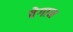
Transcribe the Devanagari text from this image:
वेगान